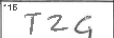
Transcription: TZG